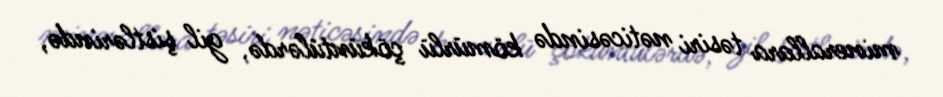
minerallara təsiri nəticəsində kömürlü çöküntülərdə, gil şistlərində,